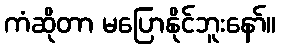
ကံဆိုတာ မပြောနိုင်ဘူးနော်။